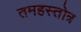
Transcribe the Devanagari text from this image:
तमहस्तोत्र